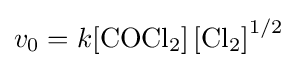
v_{0}=k{\ce {[COCl2] [Cl2]}}^{1/2}